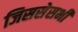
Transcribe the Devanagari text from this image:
जिससेसभी